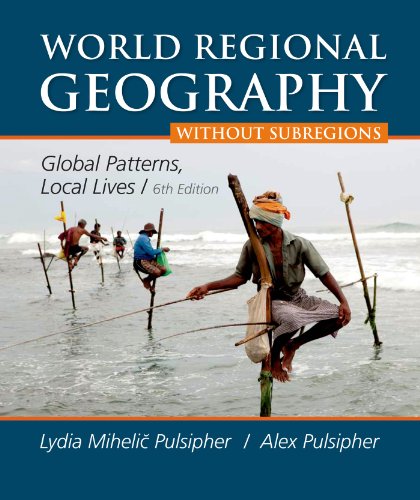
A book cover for World Regional Geography Without Subregions: Global Patterns, Local Lives; Lydia Mihelic Pulsipher; Science & Math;